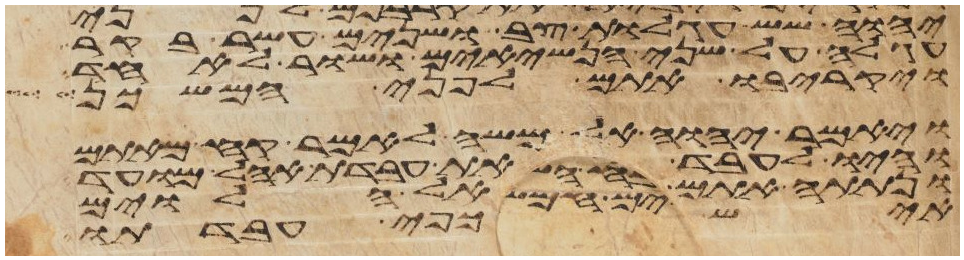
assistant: יהוה שש עגלות צב ושנים עשר בקר
עגלה על שני הנשיאים ושור לאחד
ויקריבו אתם לפני המשכן
ויאמר יהוה אל משה לאמר קח מאתם
והיו לעבד את עבדת אהל מועד
ונתתה אתם אל הלוים
איש כפי עבדתו